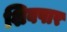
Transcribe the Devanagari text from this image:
शिवपार